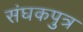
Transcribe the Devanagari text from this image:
संघकपुत्र